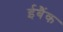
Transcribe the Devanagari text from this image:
ईबैंक